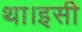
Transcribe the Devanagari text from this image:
था।इसी